Annual report on the Civil Veterinary Department, Burma (including the Insein Veterinary School) - 1932-1941
Year: 1932
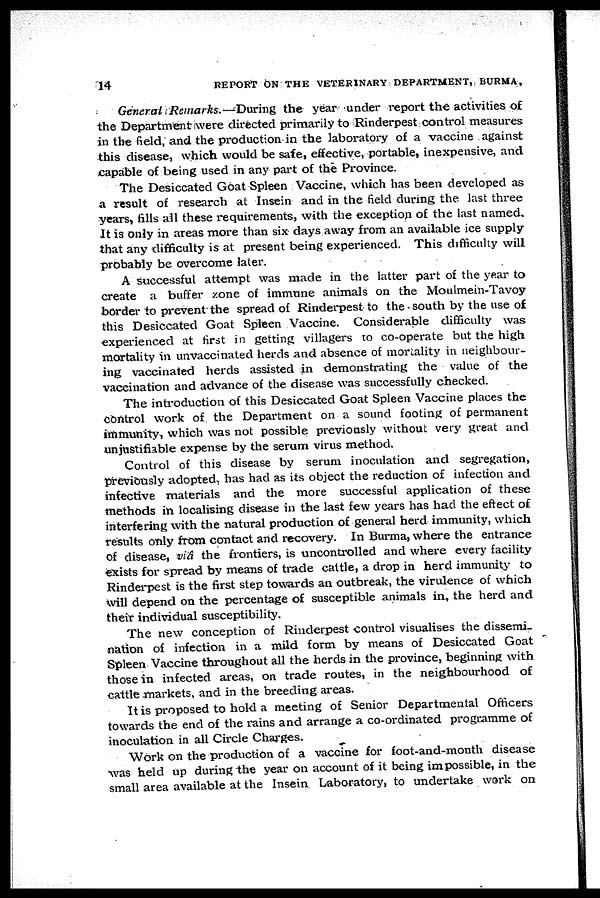
14
REPORT ON THE VETERINARY DEPARTMENT, BURMA,
General Remarks.—During the year under report the activities of
the Department were directed primarily to Rinderpest control measures
in the field, and the production in the laboratory of a vaccine against
this disease, which would be safe, effective, portable, inexpensive, and
capable of being used in any part of the Province.
The Desiccated Goat Spleen Vaccine, which has been developed as
a result of research at Insein and in the field during the last three
years, fills all these requirements, with the exception of the last named.
It is only in areas more than six days away from an available ice supply
that any difficulty is at present being experienced. This difficulty will
probably be overcome later.
A successful attempt was made in the latter part of the year to
create a buffer zone of immune animals on the Moulmein-Tavoy
border to prevent the spread of Rinderpest to the south by the use of
this Desiccated Goat Spleen Vaccine. Considerable difficulty was
experienced at first in getting villagers to co-operate but the high
mortality in unvaccinated herds and absence of mortality in neighbour-
ing vaccinated herds assisted in demonstrating the value of the
vaccination and advance of the disease was successfully checked.
The introduction of this Desiccated Goat Spleen Vaccine places the
control work of the Department on a sound footing of permanent
immunity, which was not possible previously without very great and
unjustifiable expense by the serum virus method.
Control of this disease by serum inoculation and segregation,
previously adopted, has had as its object the reduction of infection and
infective materials and the more successful application of these
methods in localising disease in the last few years has had the eftect of
interfering with the natural production of general herd immunity, which
results only from contact and recovery. In Burma, where the entrance
of disease, viâ the frontiers, is uncontrolled and where every facility
exists for spread by means of trade cattle, a drop in herd immunity to
Rinderpest is the first step towards an outbreak, the virulence of which
will depend on the percentage of susceptible animals in, the herd and
their individual susceptibility.
The new conception of Rinderpest control visualises the dissemi-
nation of infection in a mild form by means of Desiccated Goat
Spleen Vaccine throughout all the herds in the province, beginning with
those in infected areas, on trade routes, in the neighbourhood of
cattle markets, and in the breeding areas.
It is proposed to hold a meeting of Senior Departmental Officers
towards the end of the rains and arrange a co-ordinated programme of
inoculation in all Circle Charges.
Work on the production of a vaccine for foot-and-mouth disease
was held up during the year on account of it being impossible, in the
small area available at the Insein Laboratory, to undertake work on